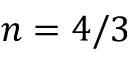
n = 4 / 3